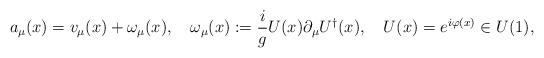
LaTeX: \begin{align*}a_\mu(x) = v_\mu(x) + \omega_\mu(x), \quad \omega_\mu(x) := {i \over g} U(x) \partial_\mu U^\dagger (x) ,\quad U(x) = e^{i\varphi(x)} \in U(1) ,\end{align*}